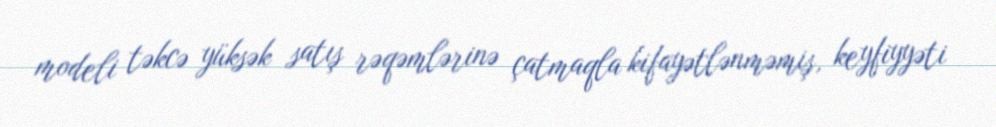
modeli təkcə yüksək satış rəqəmlərinə çatmaqla kifayətlənməmiş, keyfiyyəti